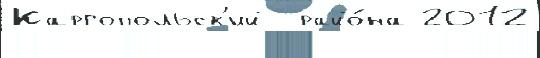
Каргопольск'ий  райо́на 2012